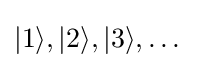
|1\rangle ,|2\rangle ,|3\rangle ,\dots